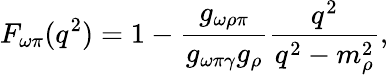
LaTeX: F_{\omega\pi}(q^{2})=1-\frac{g_{\omega\rho\pi}}{g_{\omega\pi\gamma}g_{\rho}}\frac{q^{2}}{q^{2}-m_{\rho}^{2}},